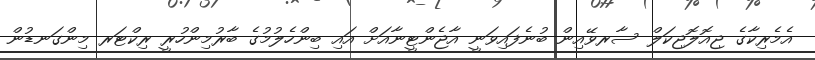
އެމެރިކާގެ ޖިއޮލޮޖިކަލް ސާރވޭއިން ބުނެފައިވަނީ އާޖެންޓީނާއަށް އައި ބިންހެލުމުގެ ބާރުމިންހުރީ ރިކްޓަރ މިންގަނޑުން